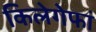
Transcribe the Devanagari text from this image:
किलेगेफां